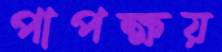
পাপক্ষয়